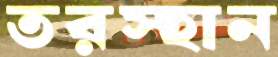
তরস্হান